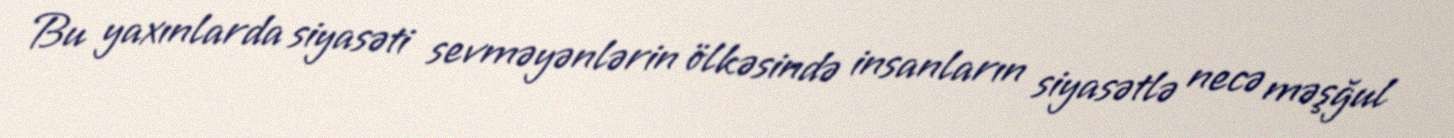
Bu yaxınlarda siyasəti sevməyənlərin ölkəsində insanların siyasətlə necə məşğul